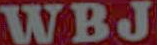
WBJ